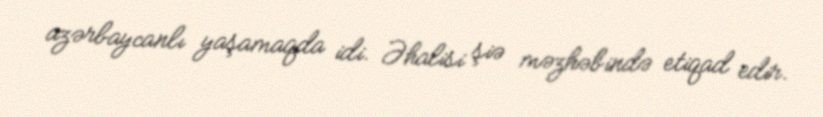
azərbaycanlı yaşamaqda idi. Əhalisi şiə məzhəbində etiqad edir.